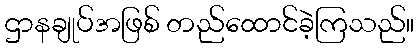
ဌာနချုပ်အဖြစ် တည်ထောင်ခဲ့ကြသည်။